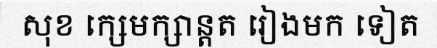
សុខ ក្សេមក្សាន្តត រៀងមក ទៀត